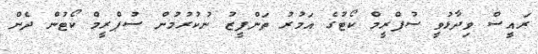
ރައީސް ވިދާޅުވީ ސުޕްރީމް ކޯޓުގެ އަމުރު ތަންފީޒު ނުކުރުމުން ސުޕްރީމް ކޯޓުން ދެން